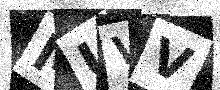
Text: MUVV